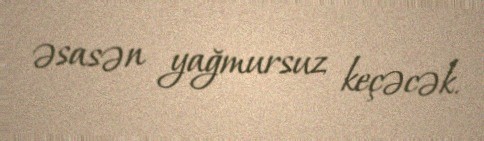
əsasən yağmursuz keçəcək.